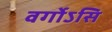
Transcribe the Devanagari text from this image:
वर्गोऽसि